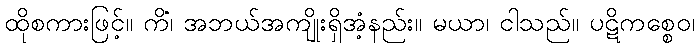
ထိုစကားဖြင့်။ ကိံ၊ အဘယ်အကျိုးရှိအံ့နည်း။ မယာ၊ ငါသည်။ ပဋိကစ္စေဝ၊